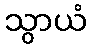
သွာယံ